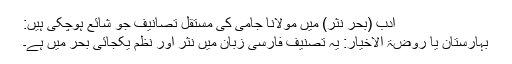
ادب (بحر نثر) میں مولانا جامی کی مستقل تصانیف جو شائع ہوچکی ہیں:
بہارستان یا روضۃ الاخیار: یہ تصنیف فارسی زبان میں نثر اور نظم یکجائی بحر میں ہے۔